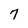
Character: 7